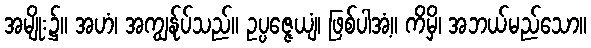
အမျိုး၌။ အဟံ၊ အကျွန်ုပ်သည်။ ဥပ္ပဇ္ဇေယျံ၊ ဖြစ်ပါအံ့။ ကိမှိ၊ အဘယ်မည်သော။